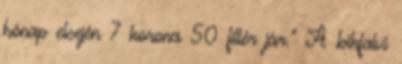
hónap elsején 7 korona 50 fillér jár.” A bikfalvi